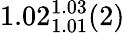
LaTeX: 1.02_{1.01}^{1.03}(2)